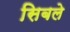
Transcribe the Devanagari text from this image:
सिबले